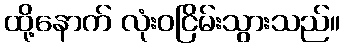
ထို့နောက် လုံးဝငြိမ်းသွားသည်။